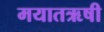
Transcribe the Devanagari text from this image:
मयातऋषी